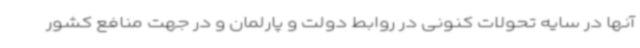
آنها در سایه تحولات کنونی در روابط دولت و پارلمان و در جهت منافع کشور